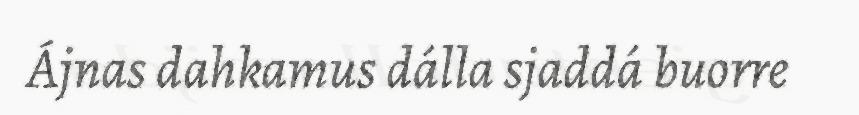
Ájnas dahkamus dálla sjaddá buorre